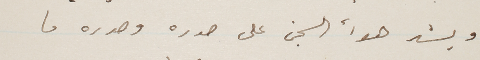
ويشد هوأ السجن على صدره  وصدره ما